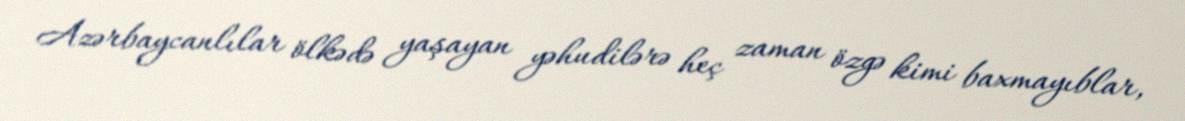
Azərbaycanlılar ölkədə yaşayan yəhudilərə heç zaman özgə kimi baxmayıblar,